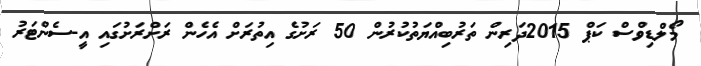
މޯލްޑިވްސް ކަޕް 2015ދަރިން ތަރުބިއްޔަތުކުރުން 50 ރަށުގެ އިތުރަށް އެހެން ރަށްރަށުގައި އީ-ސެންޓަރު